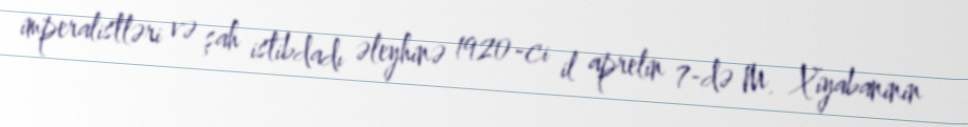
imperalistləri və şah istibdadı əleyhinə 1920-ci il aprelin 7-də M. Xiyabaninin